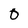
Character: 0